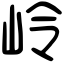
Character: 岭